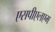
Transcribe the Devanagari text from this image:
एसपीएलएम